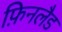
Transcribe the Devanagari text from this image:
फ़िनलैड